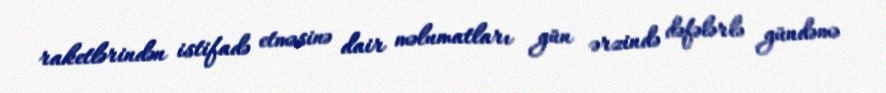
raketlərindən istifadə etməsinə dair məlumatları gün ərzində dəfələrlə gündəmə